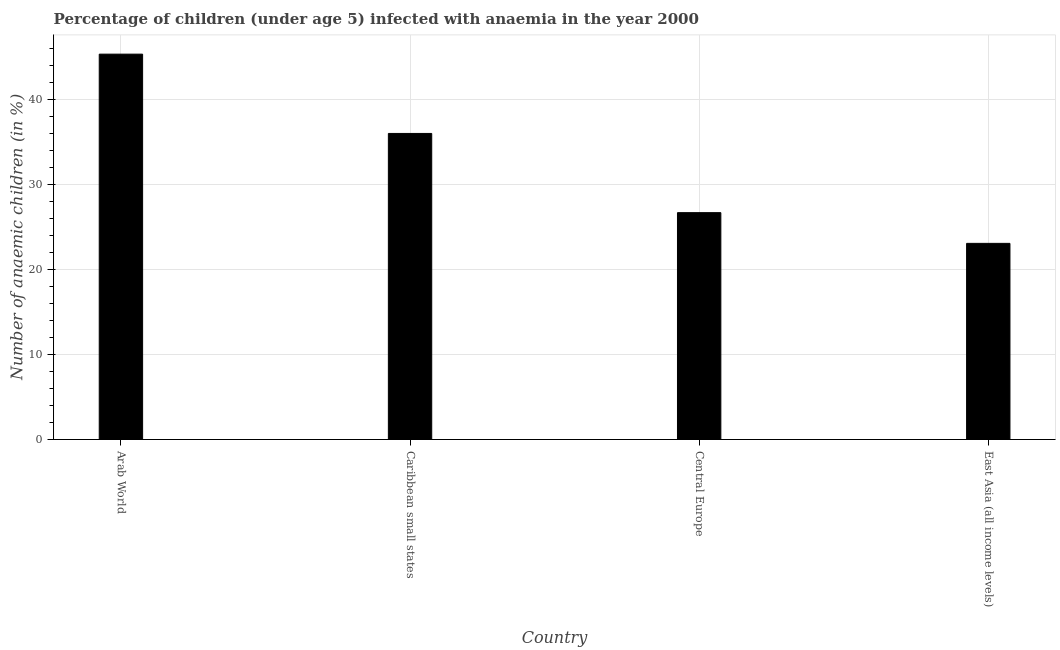
| Country | Prevalence of anemia among children |
 | --- | --- |
 | Arab World | 45.4 |
 | Caribbean small states | 36 |
 | Central Europe | 26.7 |
 | East Asia (all income levels) | 23.1 |